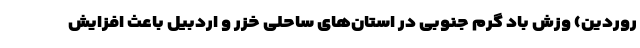
روردین) وزش باد گرم جنوبی در استان‌های ساحلی خزر و اردبیل باعث افزایش